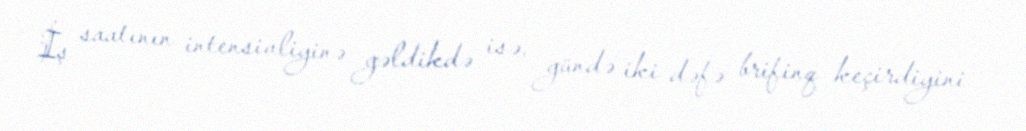
İş saatının intensivliyinə gəldikdə isə, gündə iki dəfə brifinq keçirdiyini